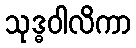
သုဒ္ဓဝါလိကာ